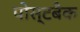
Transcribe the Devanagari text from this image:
पोस्टबैक